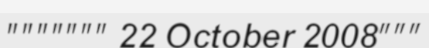
""""""" 22 October 2008"""